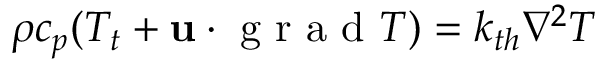
\rho c _ { p } ( T _ { t } + \mathbf { u } \cdot \textrm { g r a d } T ) = k _ { t h } \nabla ^ { 2 } T